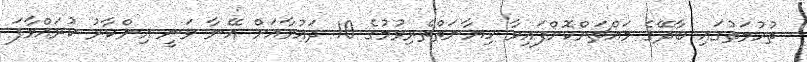
ތުހުމަތުގައި ބާދޭގެ މައްޗަށްކޮށްފައިވާ ހިޔާނަތްތެރިވުމުގެ 10 ދައުވާއަށް އޭނާ ވަނީ އިންކާރު ކުރައްވާފަ